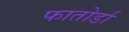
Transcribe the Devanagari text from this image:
फातोर्डा